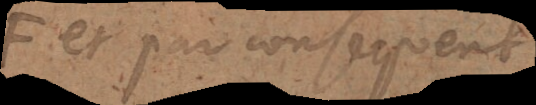
et par consequent